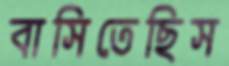
বাসিতেছিস